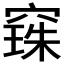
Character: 𮄌